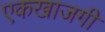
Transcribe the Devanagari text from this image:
एकखाजगी